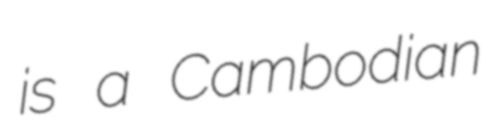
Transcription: is a Cambodian